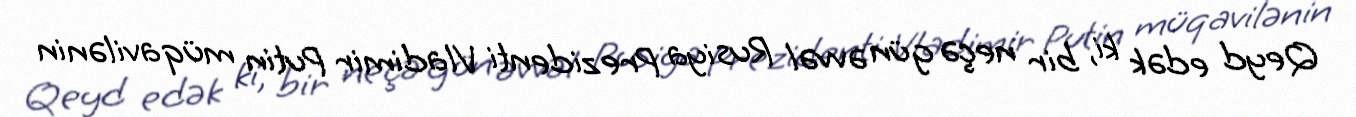
Qeyd edək ki, bir neçə gün əvvəl Rusiya Prezidenti Vladimir Putin müqavilənin